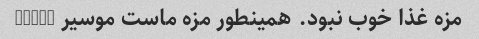
مزه غذا خوب نبود. همینطور مزه ماست موسیر Dairy